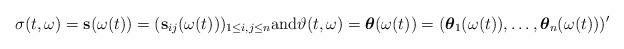
LaTeX: \begin{align*}\sigma(t,\omega)=\mathbf{s}(\omega(t))=(\mathbf{s}_{ij}(\omega(t)))_{1\le i,j\le n}\mathrm{and}\vartheta(t,\omega)=\boldsymbol{\theta}(\omega(t))=(\boldsymbol{\theta}_1(\omega(t)),\dots,\boldsymbol{\theta}_n(\omega(t)))'\end{align*}